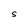
Character: S